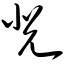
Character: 兕